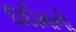
દાદીમાની